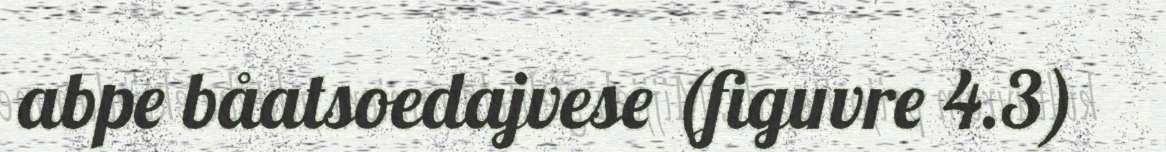
abpe båatsoedajvese (figuvre 4.3)